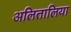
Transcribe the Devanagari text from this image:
अलितालिया